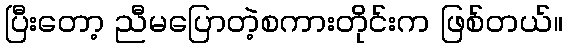
ပြီးတော့ ညီမပြောတဲ့စကားတိုင်းက ဖြစ်တယ်။